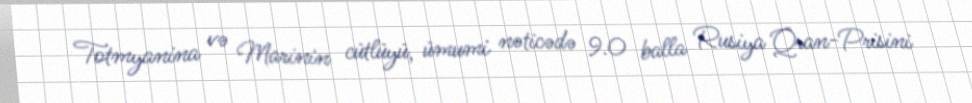
Totmyanina və Marinin cütlüyü, ümumi nəticədə 9.0 balla Rusiya Qran-Prisini